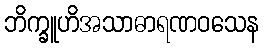
ဘိက္ခူဟိအသာဓာရဏဝသေန